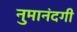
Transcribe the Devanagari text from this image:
नुमानंदगी